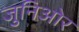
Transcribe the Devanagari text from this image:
जुनिओर